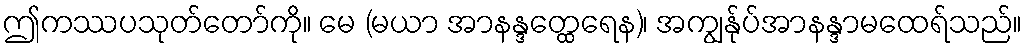
ဤကဿပသုတ်တော်ကို။ မေ (မယာ အာနန္ဒတ္ထေရေန)၊ အကျွန်ုပ်အာနန္ဒာမထေရ်သည်။